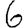
Digit: 6